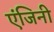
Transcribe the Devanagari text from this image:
एंजिनी